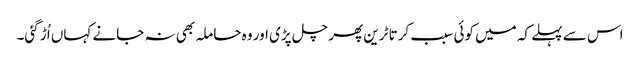
اس سے پہلے کہ میں کوئی سبب کرتا ٹرین پھر چل پڑی اور وہ حاملہ بھی نہ جانے کہاں اُڑ گئی۔